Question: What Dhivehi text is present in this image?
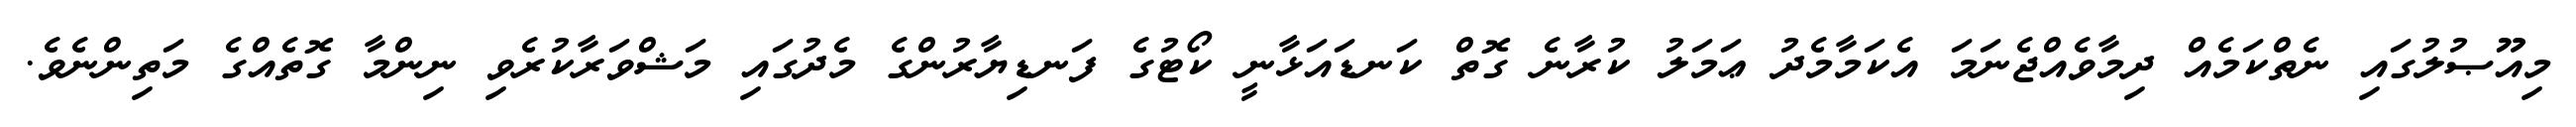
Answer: މިއޫޞުލުގައި ނެތްކަމެއް ދިމާވެއްޖެނަމަ އެކަމާމެދު ޢަމަލު ކުރާނެ ގޮތް ކަނޑައަޅާނީ ކޯޓުގެ ފަނޑިޔާރުންގެ މެދުގައި މަޝްވަރާކުރެވި ނިންމާ ގޮތެއްގެ މަތިންނެވެ.